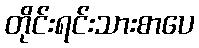
တိုင်းရင်းသားစာပေ